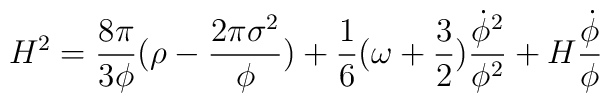
H^{2}=\frac{8{\pi}}{3{\phi}}({\rho}-\frac{2{\pi}{\sigma}^{2}}{\phi})+\frac{1}{6}({\omega}+\frac{3}{2})\frac{{\dot{\phi}}^{2}}{{\phi}^{2}}+H\frac{{\dot{\phi}}}{\phi}